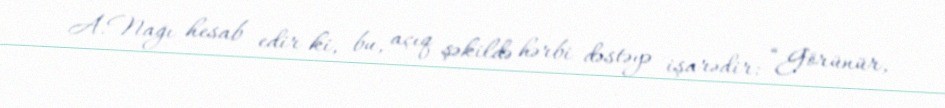
A.Nağı hesab edir ki, bu, açıq şəkildə hərbi dəstəyə işarədir: “Görünür,